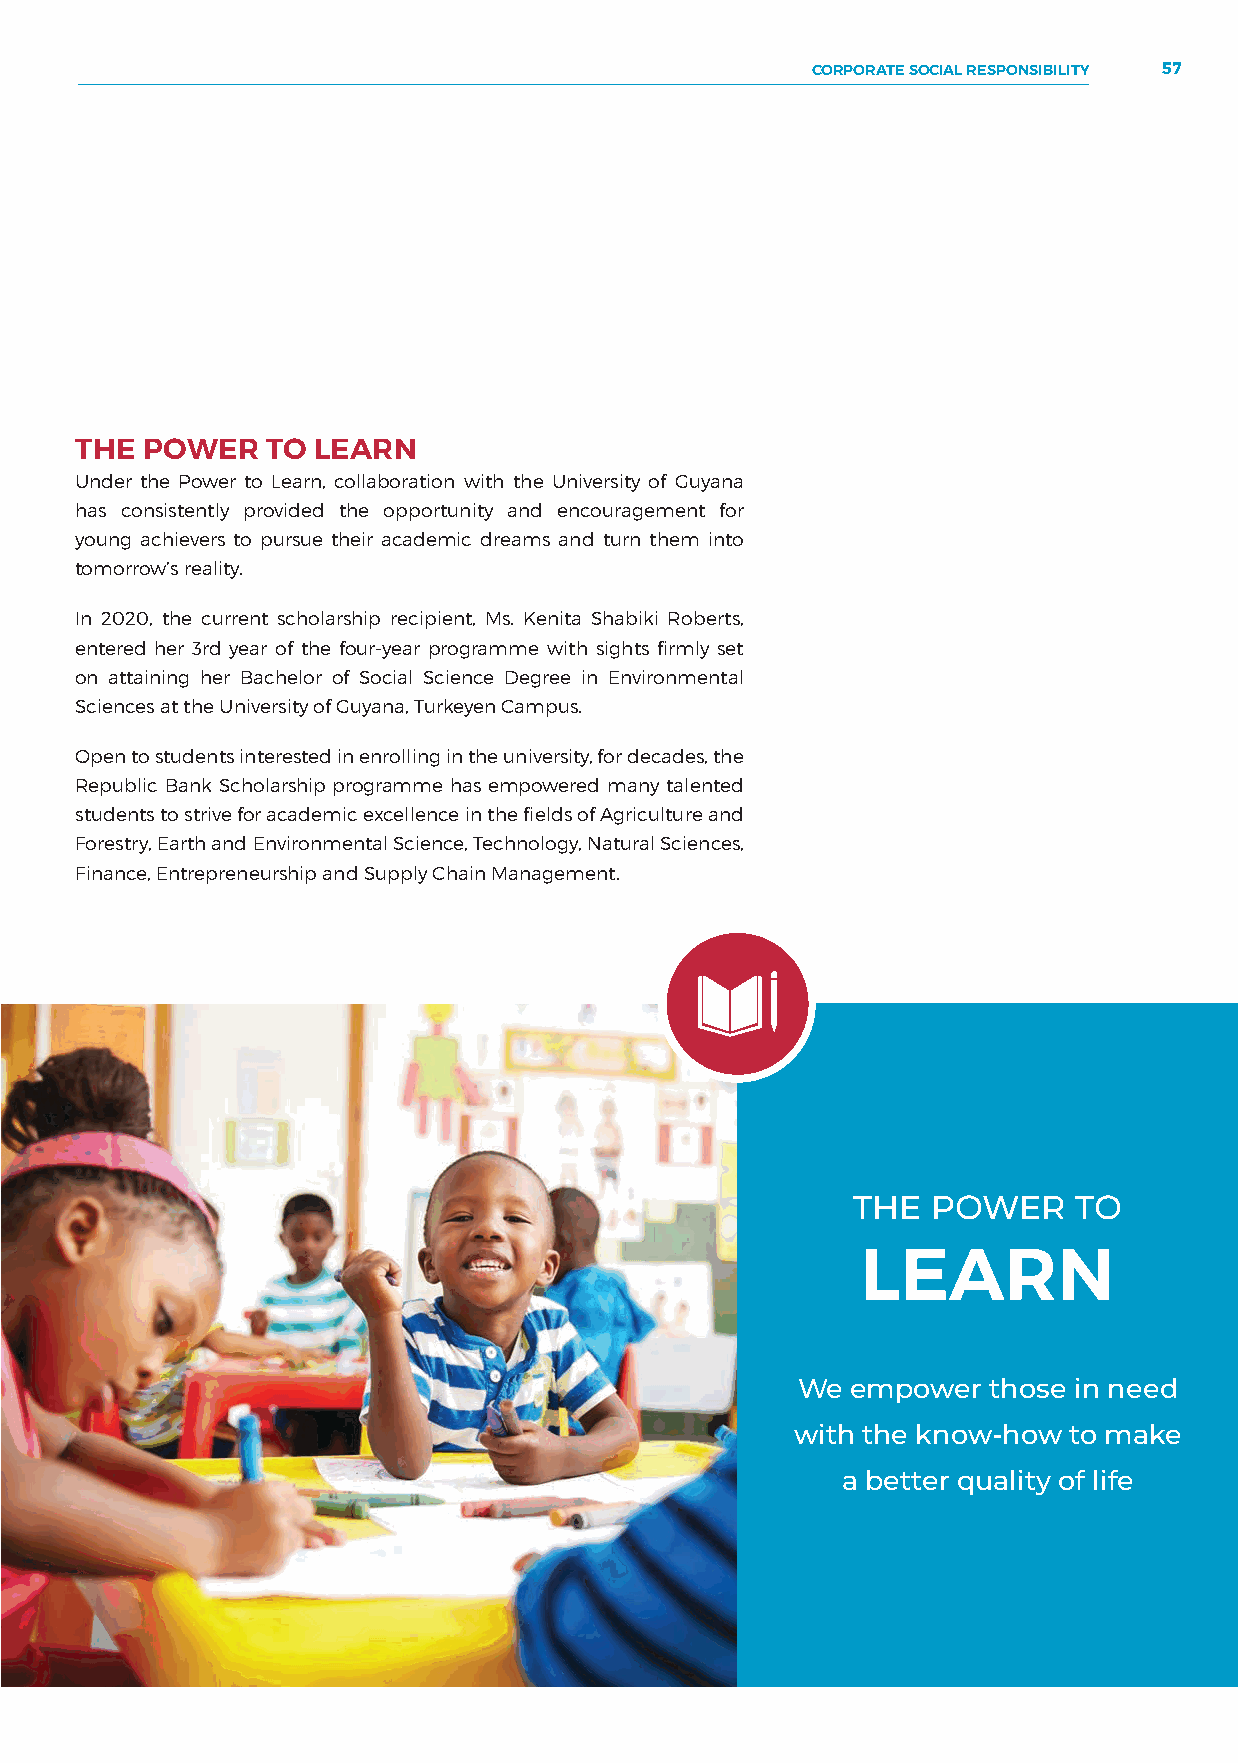
CORPORATE SOCIAL RESPONSIBILITY 57
 THE POWER    TO LEARN
 Under the Power to Learn, collaboration with the University of Guyana
 has consistently provided the opportunity and encouragement for
 THE   POWER    TO
 young achievers to pursue their academic dreams and turn them into
 tomorrow’s reality.                                 LEARN
 In 2020, the current scholarship recipient, Ms. Kenita Shabiki Roberts,
 entered her 3rd year of the four-year programme with sights firmly set
 on attaining her Bachelor of Social Science Degree in Environmental
 Sciences at the University of Guyana, Turkeyen Campus.
 Open to students interested in enrolling in the university, for decades, the
 Republic Bank Scholarship programme has empowered many talented
 students to strive for academic excellence in the fields of Agriculture and
 Forestry, Earth and Environmental Science, Technology, Natural Sciences,
 Finance, Entrepreneurship and Supply Chain Management.
 THE   POWER    TO
 LEARN
 We empower   those in need
 with the know-how to make
 a better quality of life